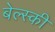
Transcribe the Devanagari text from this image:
बेल्स्की